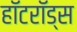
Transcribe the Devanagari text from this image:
हॉटरॉड्स